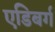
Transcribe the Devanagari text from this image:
एडिबर्ग